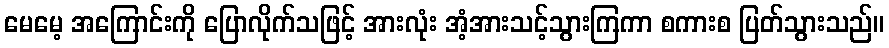
မေမေ့ အကြောင်းကို ပြောလိုက်သဖြင့် အားလုံး အံ့အားသင့်သွားကြကာ စကားစ ပြတ်သွားသည်။